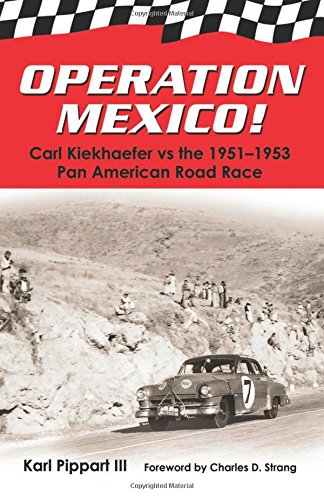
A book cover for Operation Mexico! Carl Kiekhaefer vs. the 1951-1953 Pan American Road Race; Karl Pippart III; Biographies & Memoirs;